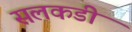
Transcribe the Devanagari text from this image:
सलकडी